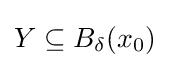
Y\subseteq B_{\delta }(x_{0})